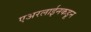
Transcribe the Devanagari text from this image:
एअरलाईनकडून